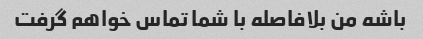
باشه من بلافاصله با شما تماس خواهم گرفت